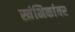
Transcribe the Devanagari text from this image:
स्तंभिकांवर